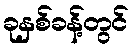
ခုနှစ်ခန့်တွင်